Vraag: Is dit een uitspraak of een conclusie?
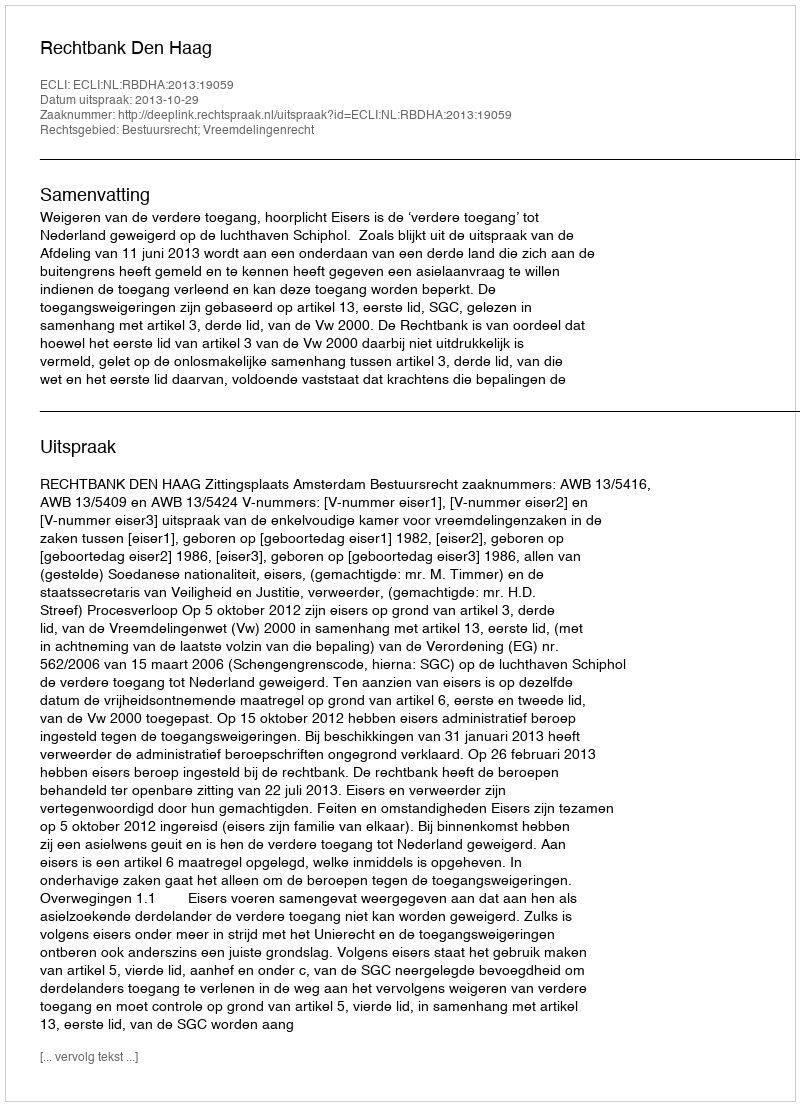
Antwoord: Uitspraak